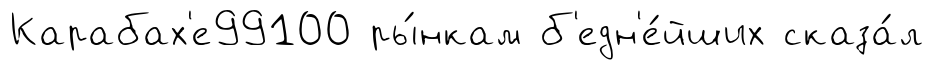
Карабах'е99100 ры́нкам б'едн'е́йших сказа́л